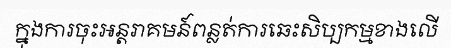
ក្នុងការចុះអន្តរាគមន៍ពន្លត់ការឆេះសិប្បកម្មខាងលើ